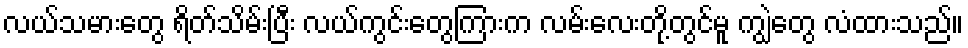
လယ်သမားတွေ ရိတ်သိမ်းပြီး လယ်ကွင်းတွေကြားက လမ်းလေးတို့တွင်မူ ကျွဲတွေ လံထားသည်။